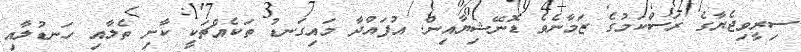
ސިރީވިޖެޔާގެ ރަސްކަމުގެ ޒަމާނެވެ ޑޮނޭޝިޔާއިން